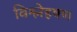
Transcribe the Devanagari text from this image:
विश्लेहषण